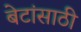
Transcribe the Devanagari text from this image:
बेटांसाठी